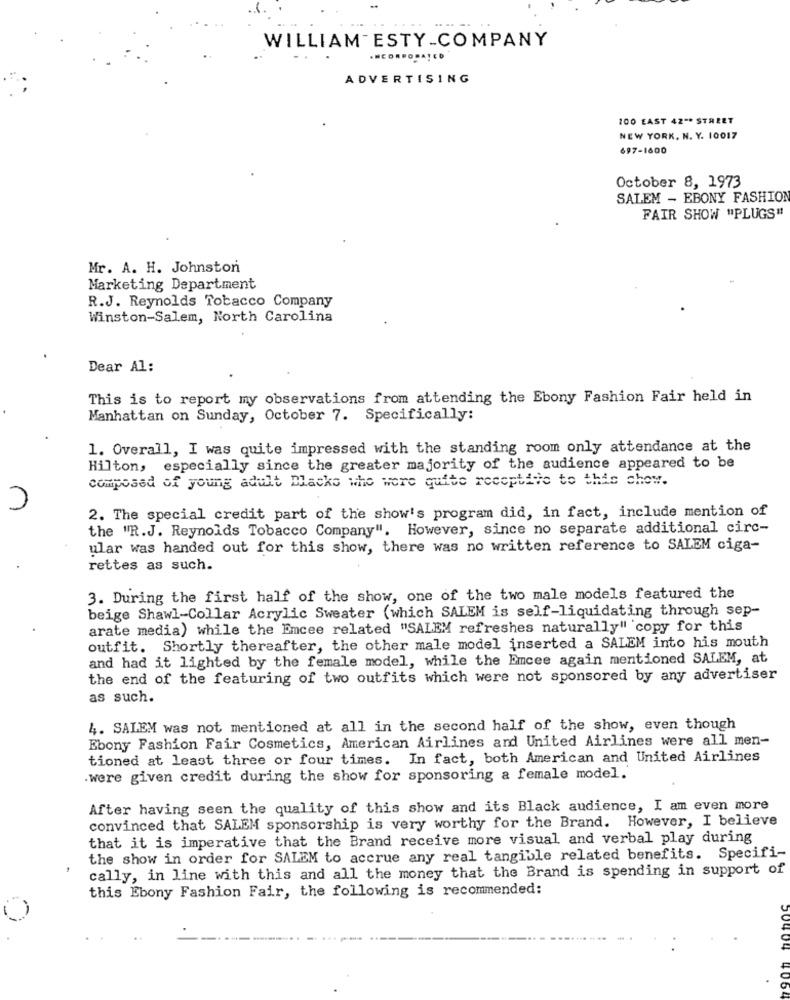
WILLIAM ESTY-COMPANY
.HEORPORATED
ADVERTISING
100 EAST 42 -* STREET
NEW YORK, N. Y. 10017
697-1600
October 8, 1973
SALEM - EBONY FASHION
FAIR SHOW "PLUGS"
Mr. A. H. Johnston
Marketing Department
R.J. Reynolds Tobacco Company
Winston-Salem, North Carolina
Dear Al:
This is to report my observations from attending the Ebony Fashion Fair held in
Manhattan on Sunday, October 7. Specifically:
1. Overall, I was quite impressed with the standing room only attendance at the
Hilton, especially since the greater majority of the audience appeared to be
composed of young adult Blacks who wore quite receptive to this chew.
2. The special credit part of the show's program did, in fact, include mention of
the "R.J. Reynolds Tobacco Company". However, since no separate additional circ-
ular was handed out for this show, there was no written reference to SALEM ciga-
rettes as such.
3. During the first half of the show, one of the two male models featured the
beige Shawl-Collar Acrylic Sweater (which SALEM is self-liquidating through sep-
arate media) while the Emcee related "SALEM refreshes naturally" copy for this
outfit. Shortly thereafter, the other male model inserted a SALEM into his mouth
and had it lighted by the female model, while the Emcee again mentioned SALEM, at
the end of the featuring of two outfits which were not sponsored by any advertiser
as such.
4. SALEM was not mentioned at all in the second half of the show, even though
Ebony Fashion Fair Cosmetics, American Airlines and United Airlines were all men-
tioned at least three or four times. In fact, both American and United Airlines
.were given credit during the show for sponsoring a female model.
After having seen the quality of this show and its Black audience, I am even more
convinced that SALEM sponsorship is very worthy for the Brand. However, I believe
that it is imperative that the Brand receive more visual and verbal play during
the show in order for SALEM to accrue any real tangible related benefits. Specifi-
cally, in line with this and all the money that the Brand is spending in support of
this Ebony Fashion Fair, the following is recommended:
50404 400